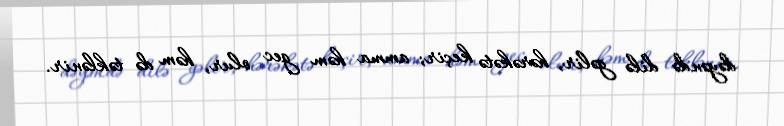
dəyəndə dilə gəlir, hərəkətə keçir; amma həm gec olur, həm də təklənir.